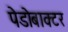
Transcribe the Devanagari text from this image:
पेडोबाक्टर